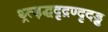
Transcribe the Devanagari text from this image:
थ्र्त्ड़द्धदृद्रण्दृदड्ढ